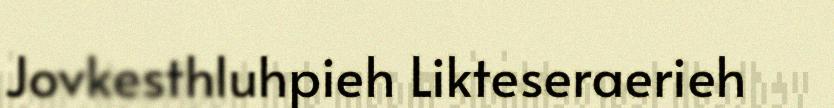
Jovkesthluhpieh Likteseraerieh